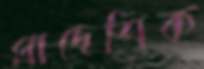
প্রাদেশিক